Indian journal of veterinary science and animal husbandry - Volumes 26-27, 1956-1957
Year: 1956
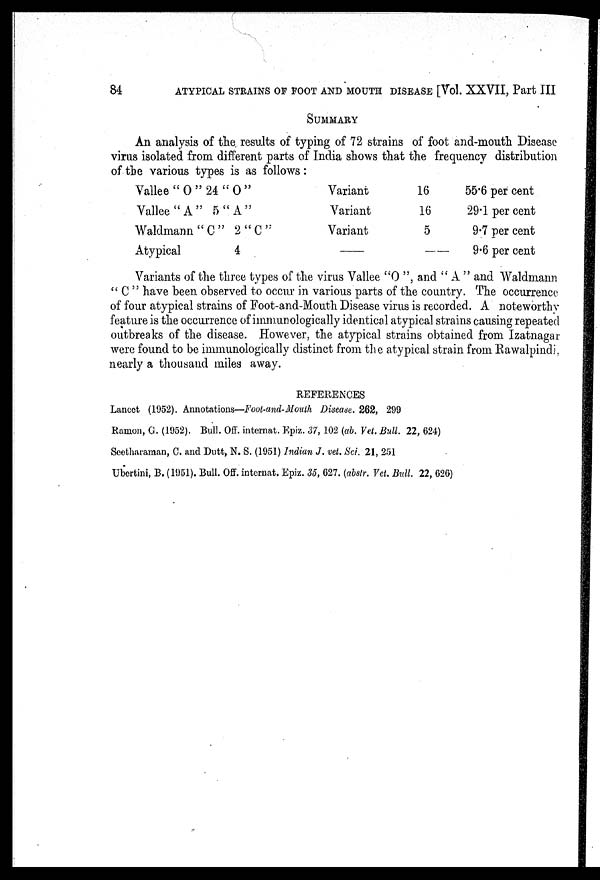
84
ATYPICAL STRAINS OF FOOT AND MOUTH DISEASE [Vol. XXVII, Part III
SUMMARY
An analysis of the results of typing of 72 strains of foot and-mouth Disease
virus isolated from different parts of India shows that the frequency distribution
of the various types is as follows:
Vallee " O " 24 " O "
Vallee "A" 5 "A"
Waldmann " C " 2 " C "
Atypical
4
Variant
Variant
Variant
—
16
16
5
—
55.6 per cent
29.1 per cent
9.7 per cent
9.6 per cent
Variants of the three types of the virus Vallee "O ", and " A " and Waldmann
" C " have been observed to occur in various parts of the country. The occurrence
of four atypical strains of Foot-and-Mouth Disease virus is recorded. A noteworthy
feature is the occurrence of immunologically identical atypical strains causing repeated
outbreaks of the disease. However, the atypical strains obtained from Izatnagar
were found to be immunologically distinct from the atypical strain from Rawalpindi,
nearly a thousand miles away.
REFERENCES
Lancet (1952). Annotations—Foot-and-Mouth Disease. 262, 299
Ramon, G. (1952). Bull. Off. internat. Epiz. 37, 102 (ab. Vet. Bull. 22, 624)
Seetharaman, C. and Dutt, N. S. (1951) Indian J. vet. Sci. 21, 251
Ubertini, B. (1951). Bull. Off. internat. Epiz. 35, 627. (abstr. Vet. Bull. 22, 626)